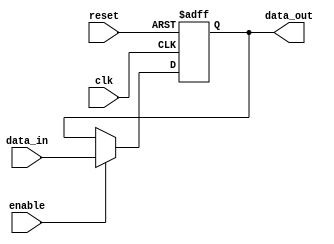
`timescale 10ps/1ps
module Register (
  input wire clk,       // Clock input
  input wire reset,     // Reset input
  input wire [21:0] data_in,  // 22-bit input data
  input wire enable,    // Enable input
  output reg [21:0] data_out  // 22-bit output data
);

  always @(posedge clk or posedge reset) begin
    if (reset) begin
      data_out <= 22'b0;  // Reset the register on positive edge of reset
    end else if (enable) begin
      data_out <= data_in;  // Update the register with input data on positive edge of clock when enable is asserted
    end
  end

endmodule